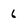
Character: 6